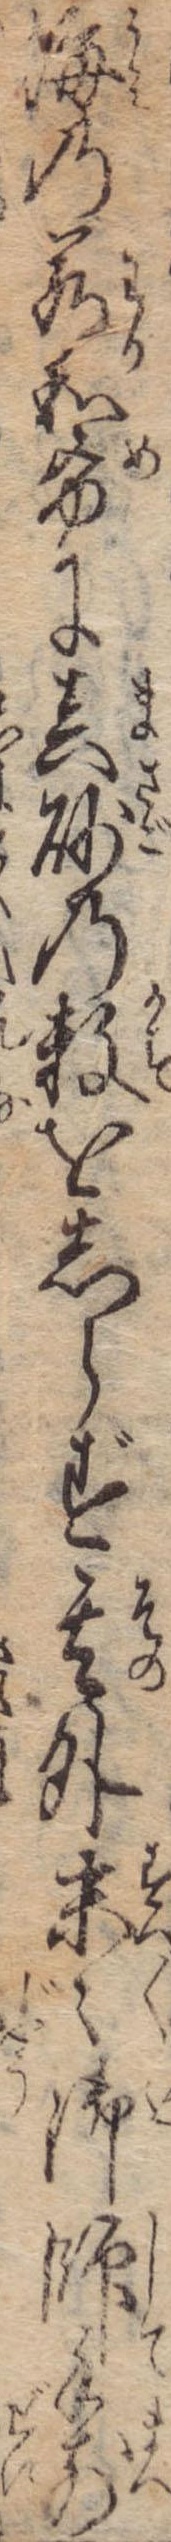
海の若和布に真砂の数をしらず其外末々御師手前